Dysentery and liver abscess in Bombay - Number 47
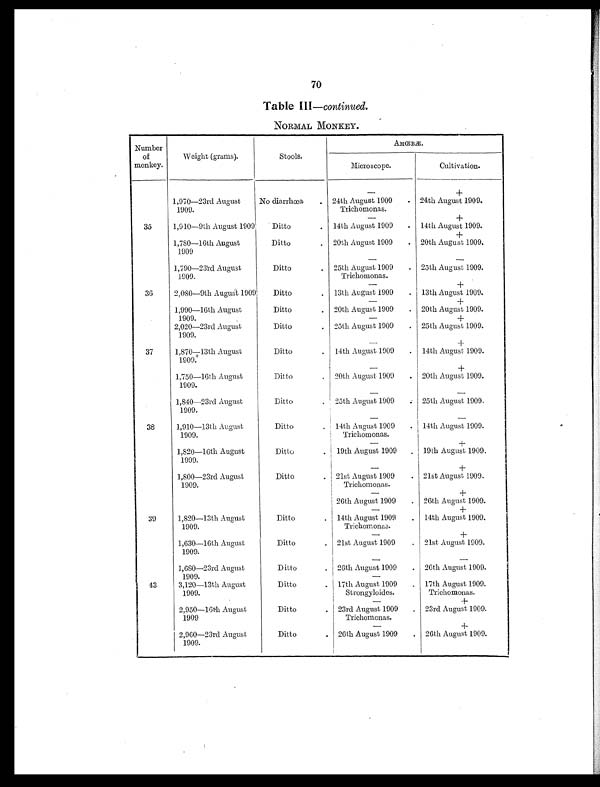
70
Table III —continued.
NORMAL MONKEY.
Number
of
monkey.
Weight (grams).
Stools.
AMŒBÆ.
Microscope.
Cultivation.
—
+
1,970—23rd August
1909.
No diarrhœa
. 24th August 1909
Trichomonas.
. 24th August 1909.
—
+
35
1,910—9th August 1909
Ditto
. 14th August 1909
. 14th August 1909.
+
1,780—16th August
1909
Ditto
. 20th August 1909
. 20th August 1909.
—
—
1,790—23rd August
1909.
Ditto
. 25th August 1909
Trichomonas.
. 25th August 1909.
—
+
36
2,080—9th August 1909
Ditto
. 13th August 1909
. 13th August 1909.
—
+
1,990—16th August
1909.
Ditto
. 20th August 1909
. 20th August 1909.
—
+
2,020—23rd August
1909.
Ditto
. 25th August 1909
. 25th August 1909.
—
+
37
1,870—13th August
1909.
Ditto
. 14th August 1909
. 14th August 1909.
—
+
1,750—16th August
1909.
Ditto
. 20th August 1909
. 20th August 1909.
—
—
1,840—23rd August
1909.
Ditto
. 25th August 1909
. 25th August 1909.
—
—
38
1,910—13th August
1909.
Ditto
. 14th August 1909
Trichomonas.
. 14th August 1909.
—
+
1,820—16th August
1909.
Ditto
. 19th August 1909
. 19th August 1909.
—
+
1,800—23rd August
1909.
Ditto
. 21st August 1909
Trichomonas.
. 21st August 1909.
—
+
26th August 1909
. 26th August 1909.
—
+
39
1,820—13th August
1909.
Ditto
. 14th August 1909
Trichomonas.
. 14th August 1909.
—
+
1,630—16th August
1909.
Ditto
. 21st August 1909
. 21st August 1909.
—
—
1,680—23rd August
1909.
Ditto
. 26th August 1909
. 26th August 1909.
—
43
3,120—13th August
1909.
Ditto
. 17th August 1909
Strongyloides.
. 17th August 1909.
Trichomonas.
—
+
2,950—16th August
1909
Ditto
. 23rd August 1909
Trichomonas.
. 23rd August 1909.
—
+
2,960—23rd August
1909.
Ditto
. 26th August 1909
. 26th August 1909.